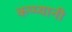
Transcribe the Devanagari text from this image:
कप्प्यानी